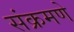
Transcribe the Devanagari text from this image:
संक्रमणे